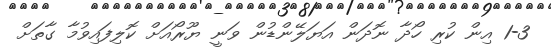
1-3 އިން ކުރި ހޯދާ ނޮދަން އަޔަލޭންޑުން ވަނީ ޔޫރޯއަށް ކޮލިފައިވުމާ ގާތަށް